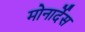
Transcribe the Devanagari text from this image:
मोनार्देस